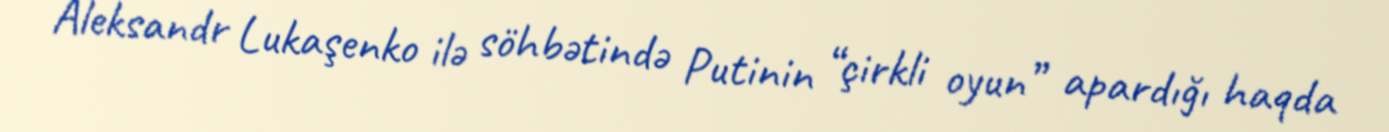
Aleksandr Lukaşenko ilə söhbətində Putinin “çirkli oyun” apardığı haqda